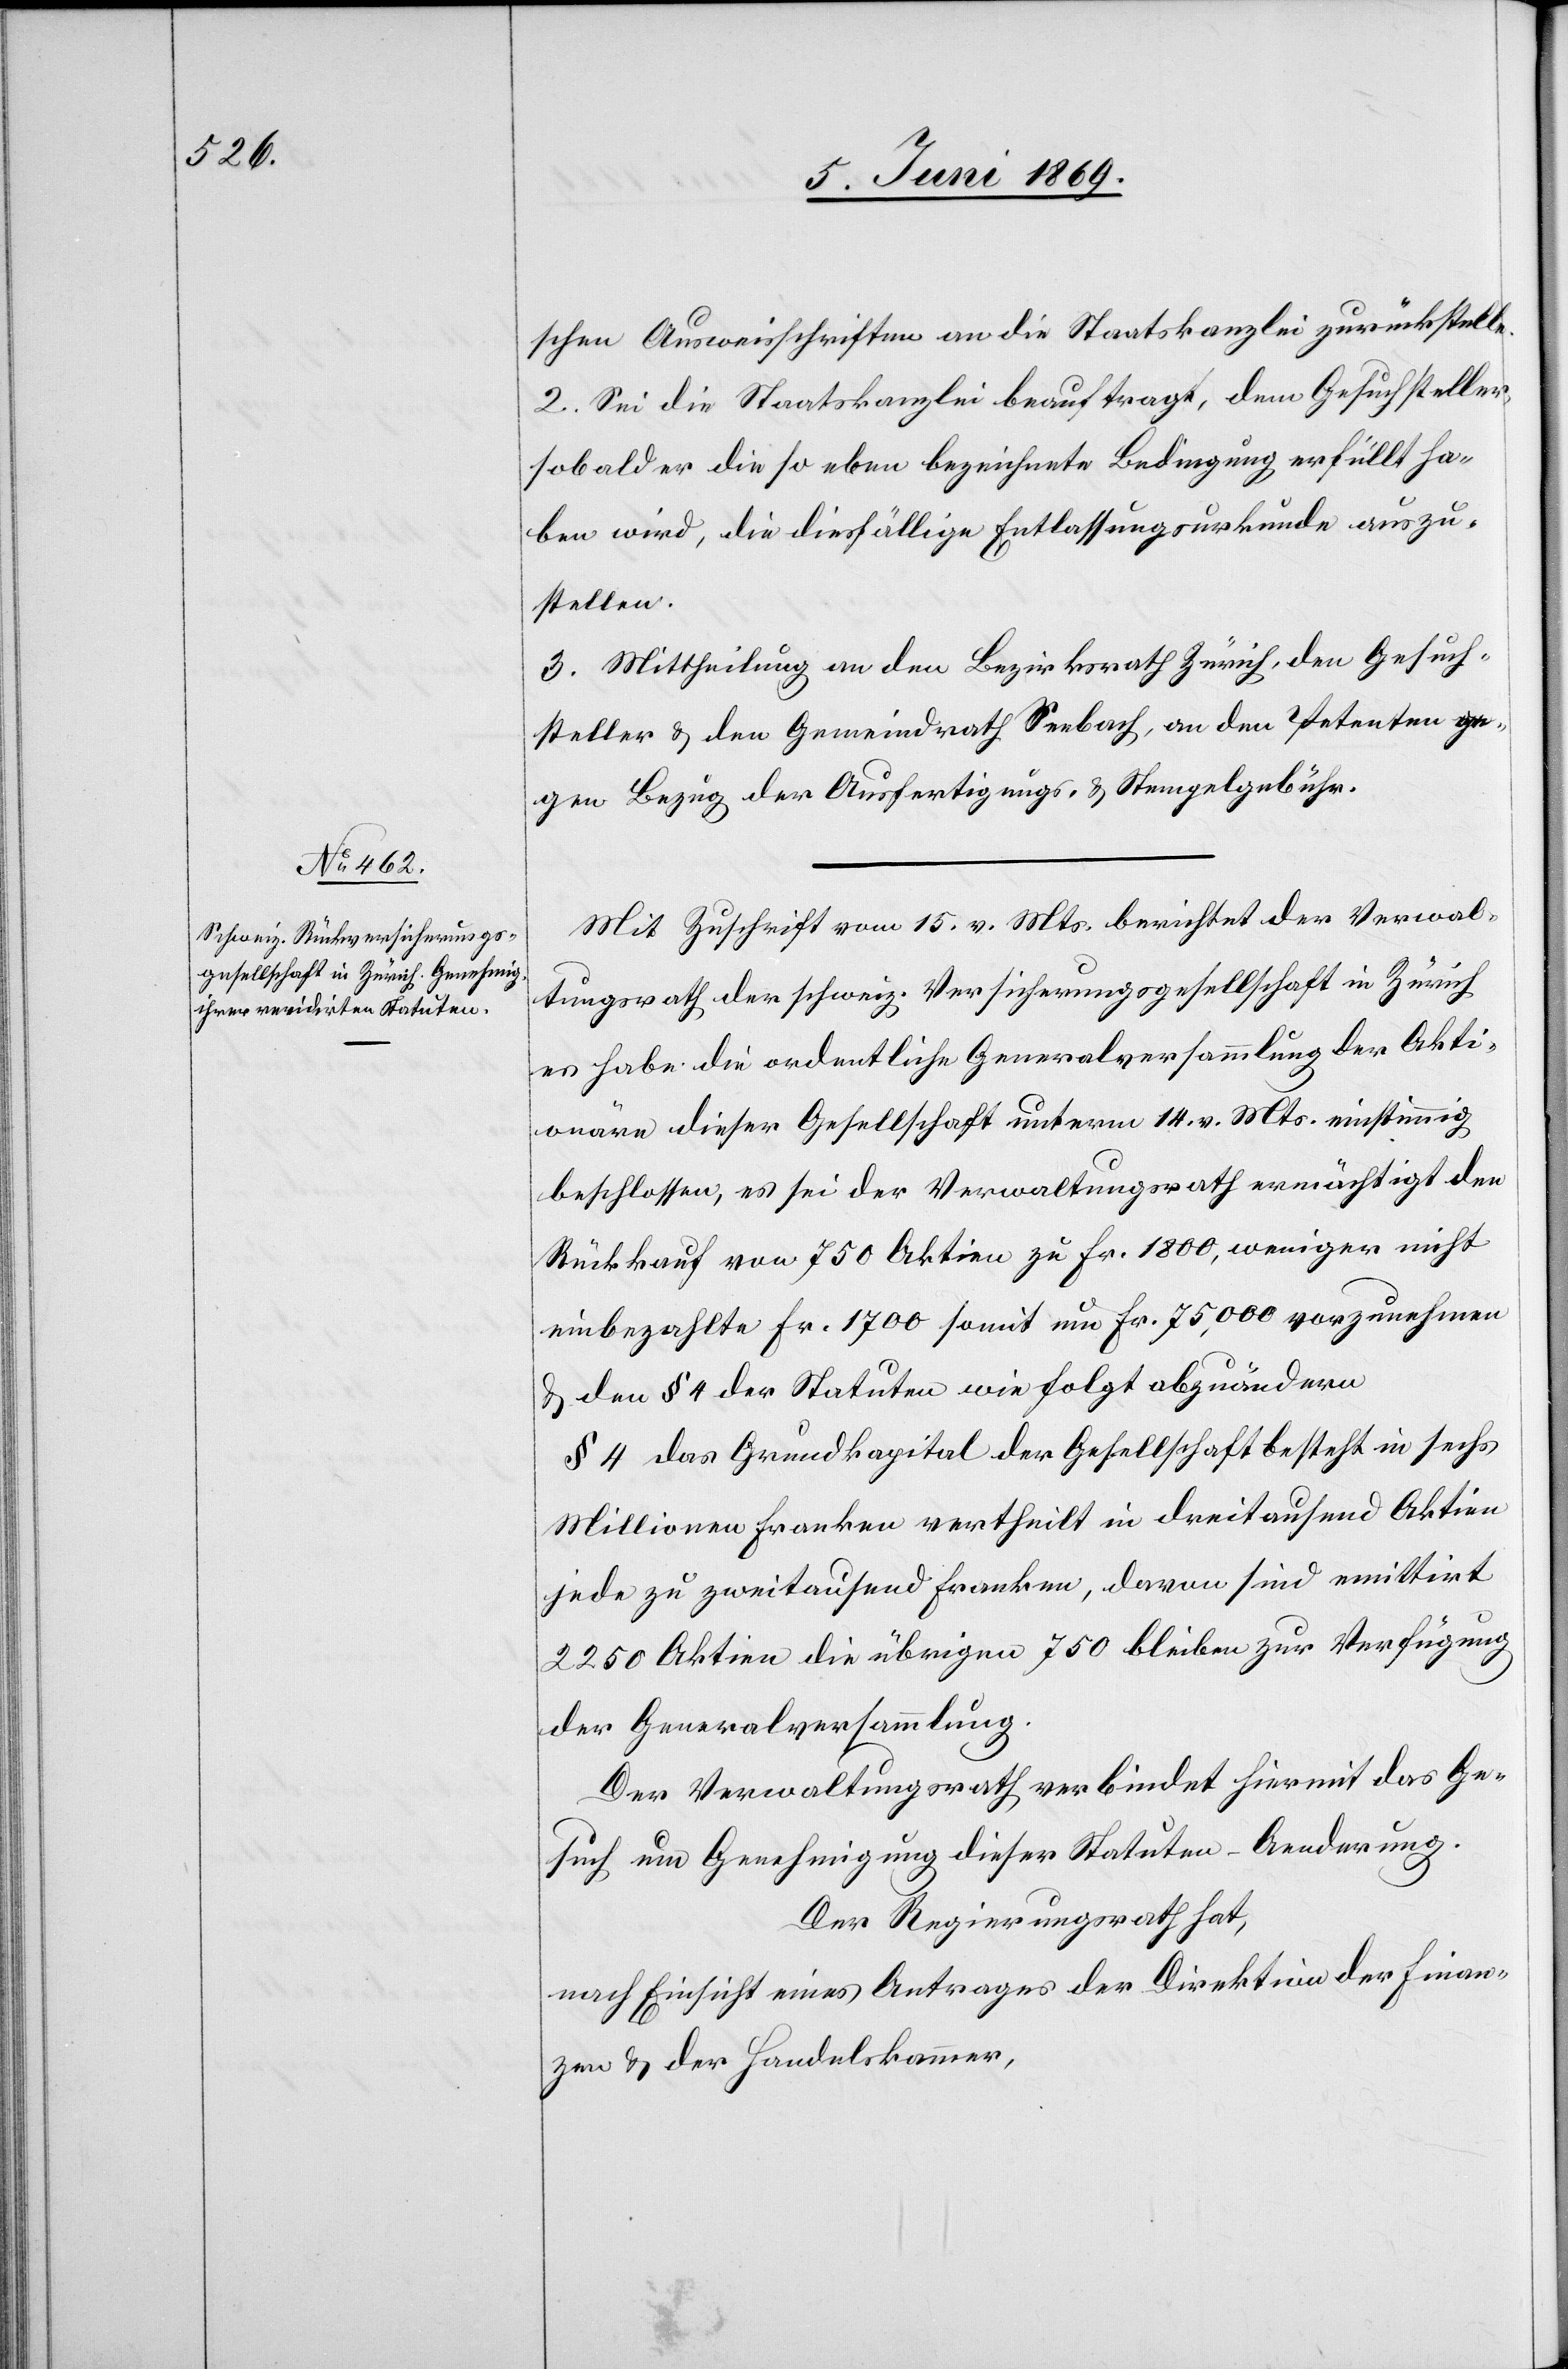
schen Ausweisschriften an die Staatskanzlei zurückstelle.
2. Sei die Staatskanzlei beauftragt, dem Gesuchsteller,
sobald er die eben bezeichnete Bedingung erfüllt ha¬
ben wird, die diesfällige Entlassungsurkunde auszu¬
stellen.
3. Mittheilung an den Bezirksrath Zürich, den Gesuch¬
steller u. den Gemeindrath Seebach, an den Petenten ge¬
gen Bezug der Ausfertigungs- u. Stempelgebühren.
Mit Zuschrift vom 15 v. Mts. berichtet der Verwal¬
tungsrath der schweiz. Versicherungsgesellschaft in Zürich
er habe die ordentliche Generalversammlung der Akti¬
onäre dieser Gesellschaft unterm 14 v. Mts. einstimmig
beschlossen, es sei der Verwaltungsrath ermächtigt nicht
einbezahlte Fr. 1700 somit um Fr. 75,000 vorzunehmen
u. den § 4 der Statuten wie folgt abzuändern.
§ 4 das Grundkapital der Gesellschaft besteht in sechs
Millionen Franken vertheilt in dreitausend Aktien
jede zu zweitausend Franken, davon sind emittirt
2250 Aktien die übrigen 750 bleiben zur Verfügung
der Gemeindsversammlung.
Der Verwaltungsrath verbindet hiermit das Ge¬
such um Genehmigung dieser Statuten-Aenderung.
Der Regierungsrath hat,
nach Einsicht eines Antrages der Direktion der Finan¬
zen u. der Handelskammer,